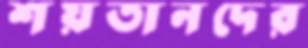
শয়তানদের